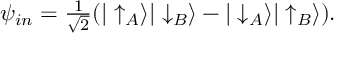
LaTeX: \psi _ { i n } = { \textstyle \frac { 1 } { \sqrt { 2 } } } ( | \uparrow _ { A } \rangle | \downarrow _ { B } \rangle - | \downarrow _ { A } \rangle | \uparrow _ { B } \rangle ) .